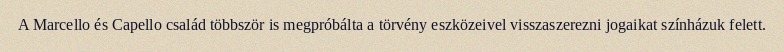
A Marcello és Capello család többször is megpróbálta a törvény eszközeivel visszaszerezni jogaikat színházuk felett.